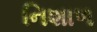
નિશાળ